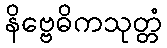
နိဗ္ဗေဓိကသုတ္တံ